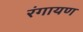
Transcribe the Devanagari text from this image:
रंगायण